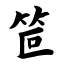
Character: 笸